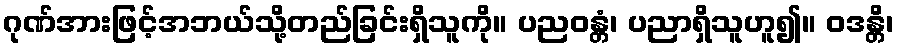
ဂုဏ်အားဖြင့်အဘယ်သို့တည်ခြင်းရှိသူကို။ ပညဝန္တံ၊ ပညာရှိသူဟူ၍။ ဝဒန္တိ၊